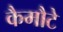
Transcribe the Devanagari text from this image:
कैमौटे